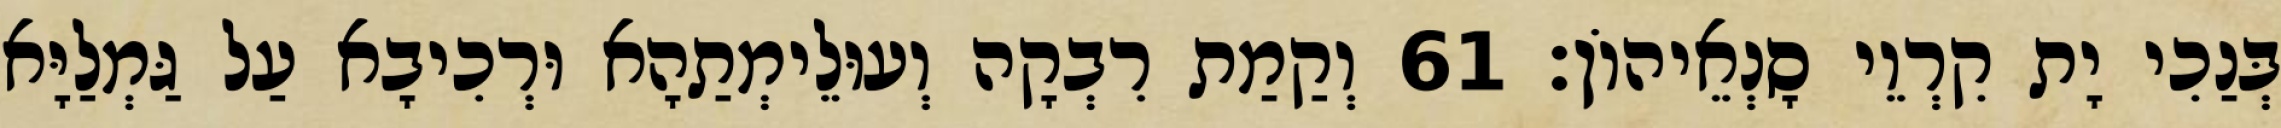
בְּנַכִי יָת קִרְוֵי סָנְאֵיהוֹן׃ 61 וְקַמַת רִבְקָה וְעוּלֵימְתַהָא וּרְכִיבָא עַל גַּמְלַיָּא